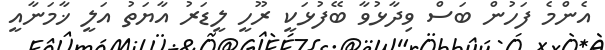
އެންމެ ފަހުން ބަސް ވިދާޅުވާ ބޭފުޅަކީ ރޫހީ ލީޑަރު އާޔަތު އަލީ ޚާމަނާއީ